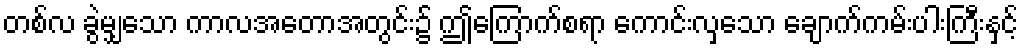
တစ်လ ခွဲမျှသော ကာလအတောအတွင်း၌ ဤကြောက်စရာ ကောင်းလှသော ချောက်ကမ်းပါးကြီးနှင့်